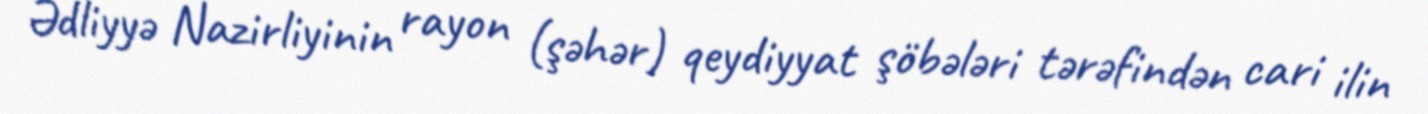
Ədliyyə Nazirliyinin rayon (şəhər) qeydiyyat şöbələri tərəfindən cari ilin